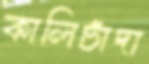
কালিচাঁদা